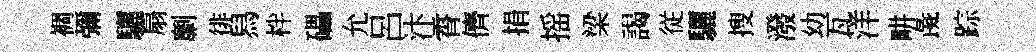
裯彌驪扇劘徘舄柈礧允呂汴霄儕捐摇梁謁従驪搜潑幼瓦洋畊彘踪